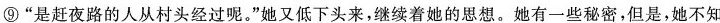
⑨”是赶夜路的人从村头经过呢。”她又低下头来，继续着她的思想。她有一些秘密，但是，她不知